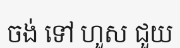
ចង់ ទៅ ហួស ជួយ